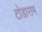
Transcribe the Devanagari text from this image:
टोडाराम